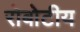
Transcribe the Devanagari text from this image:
रोबोटीय